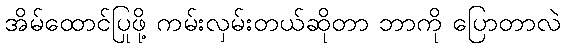
အိမ်ထောင်ပြုဖို့ ကမ်းလှမ်းတယ်ဆိုတာ ဘာကို ပြောတာလဲ